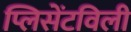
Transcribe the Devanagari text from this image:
प्लिसेंटविली